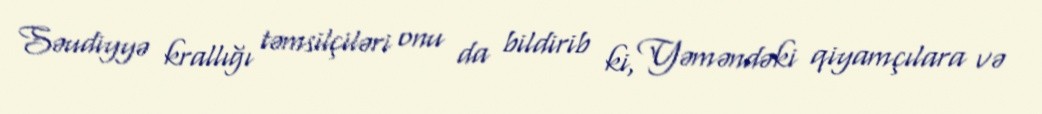
Səudiyyə krallığı təmsilçiləri onu da bildirib ki, Yəməndəki qiyamçılara və